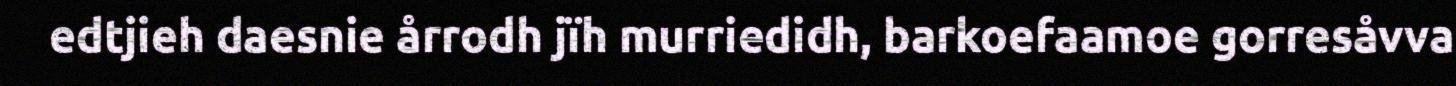
edtjieh daesnie årrodh jïh murriedidh, barkoefaamoe gorresåvva